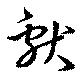
獻